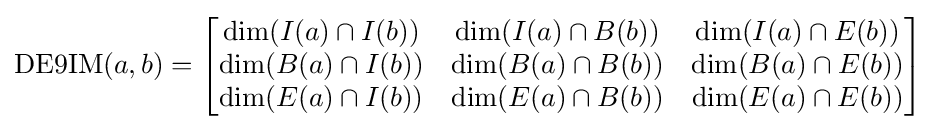
\operatorname {DE9IM} (a,b)={\begin{bmatrix}\dim(I(a)\cap I(b))&\dim(I(a)\cap B(b))&\dim(I(a)\cap E(b))\\\dim(B(a)\cap I(b))&\dim(B(a)\cap B(b))&\dim(B(a)\cap E(b))\\\dim(E(a)\cap I(b))&\dim(E(a)\cap B(b))&\dim(E(a)\cap E(b))\end{bmatrix}}